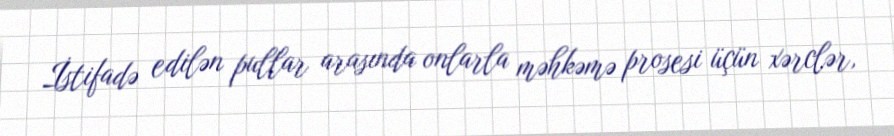
İstifadə edilən pullar arasında onlarla məhkəmə prosesi üçün xərclər,